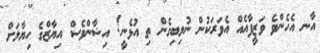
އާނ އެހެންވެ ވަޒީފާއެއް އެވަރަކުން ނުލިބިގެން ތި އުޅެނީ! އިޝާންވެސް އިޔާޒްގެ ހިޔާލަށް